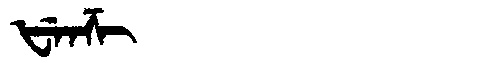
Manchu: ᡶᡝᠨᡯᡳ
Romanization: FENDZI